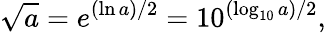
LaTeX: {\sqrt{a}}=e^{(\ln a)/2}=10^{(\log_{10}a)/2},